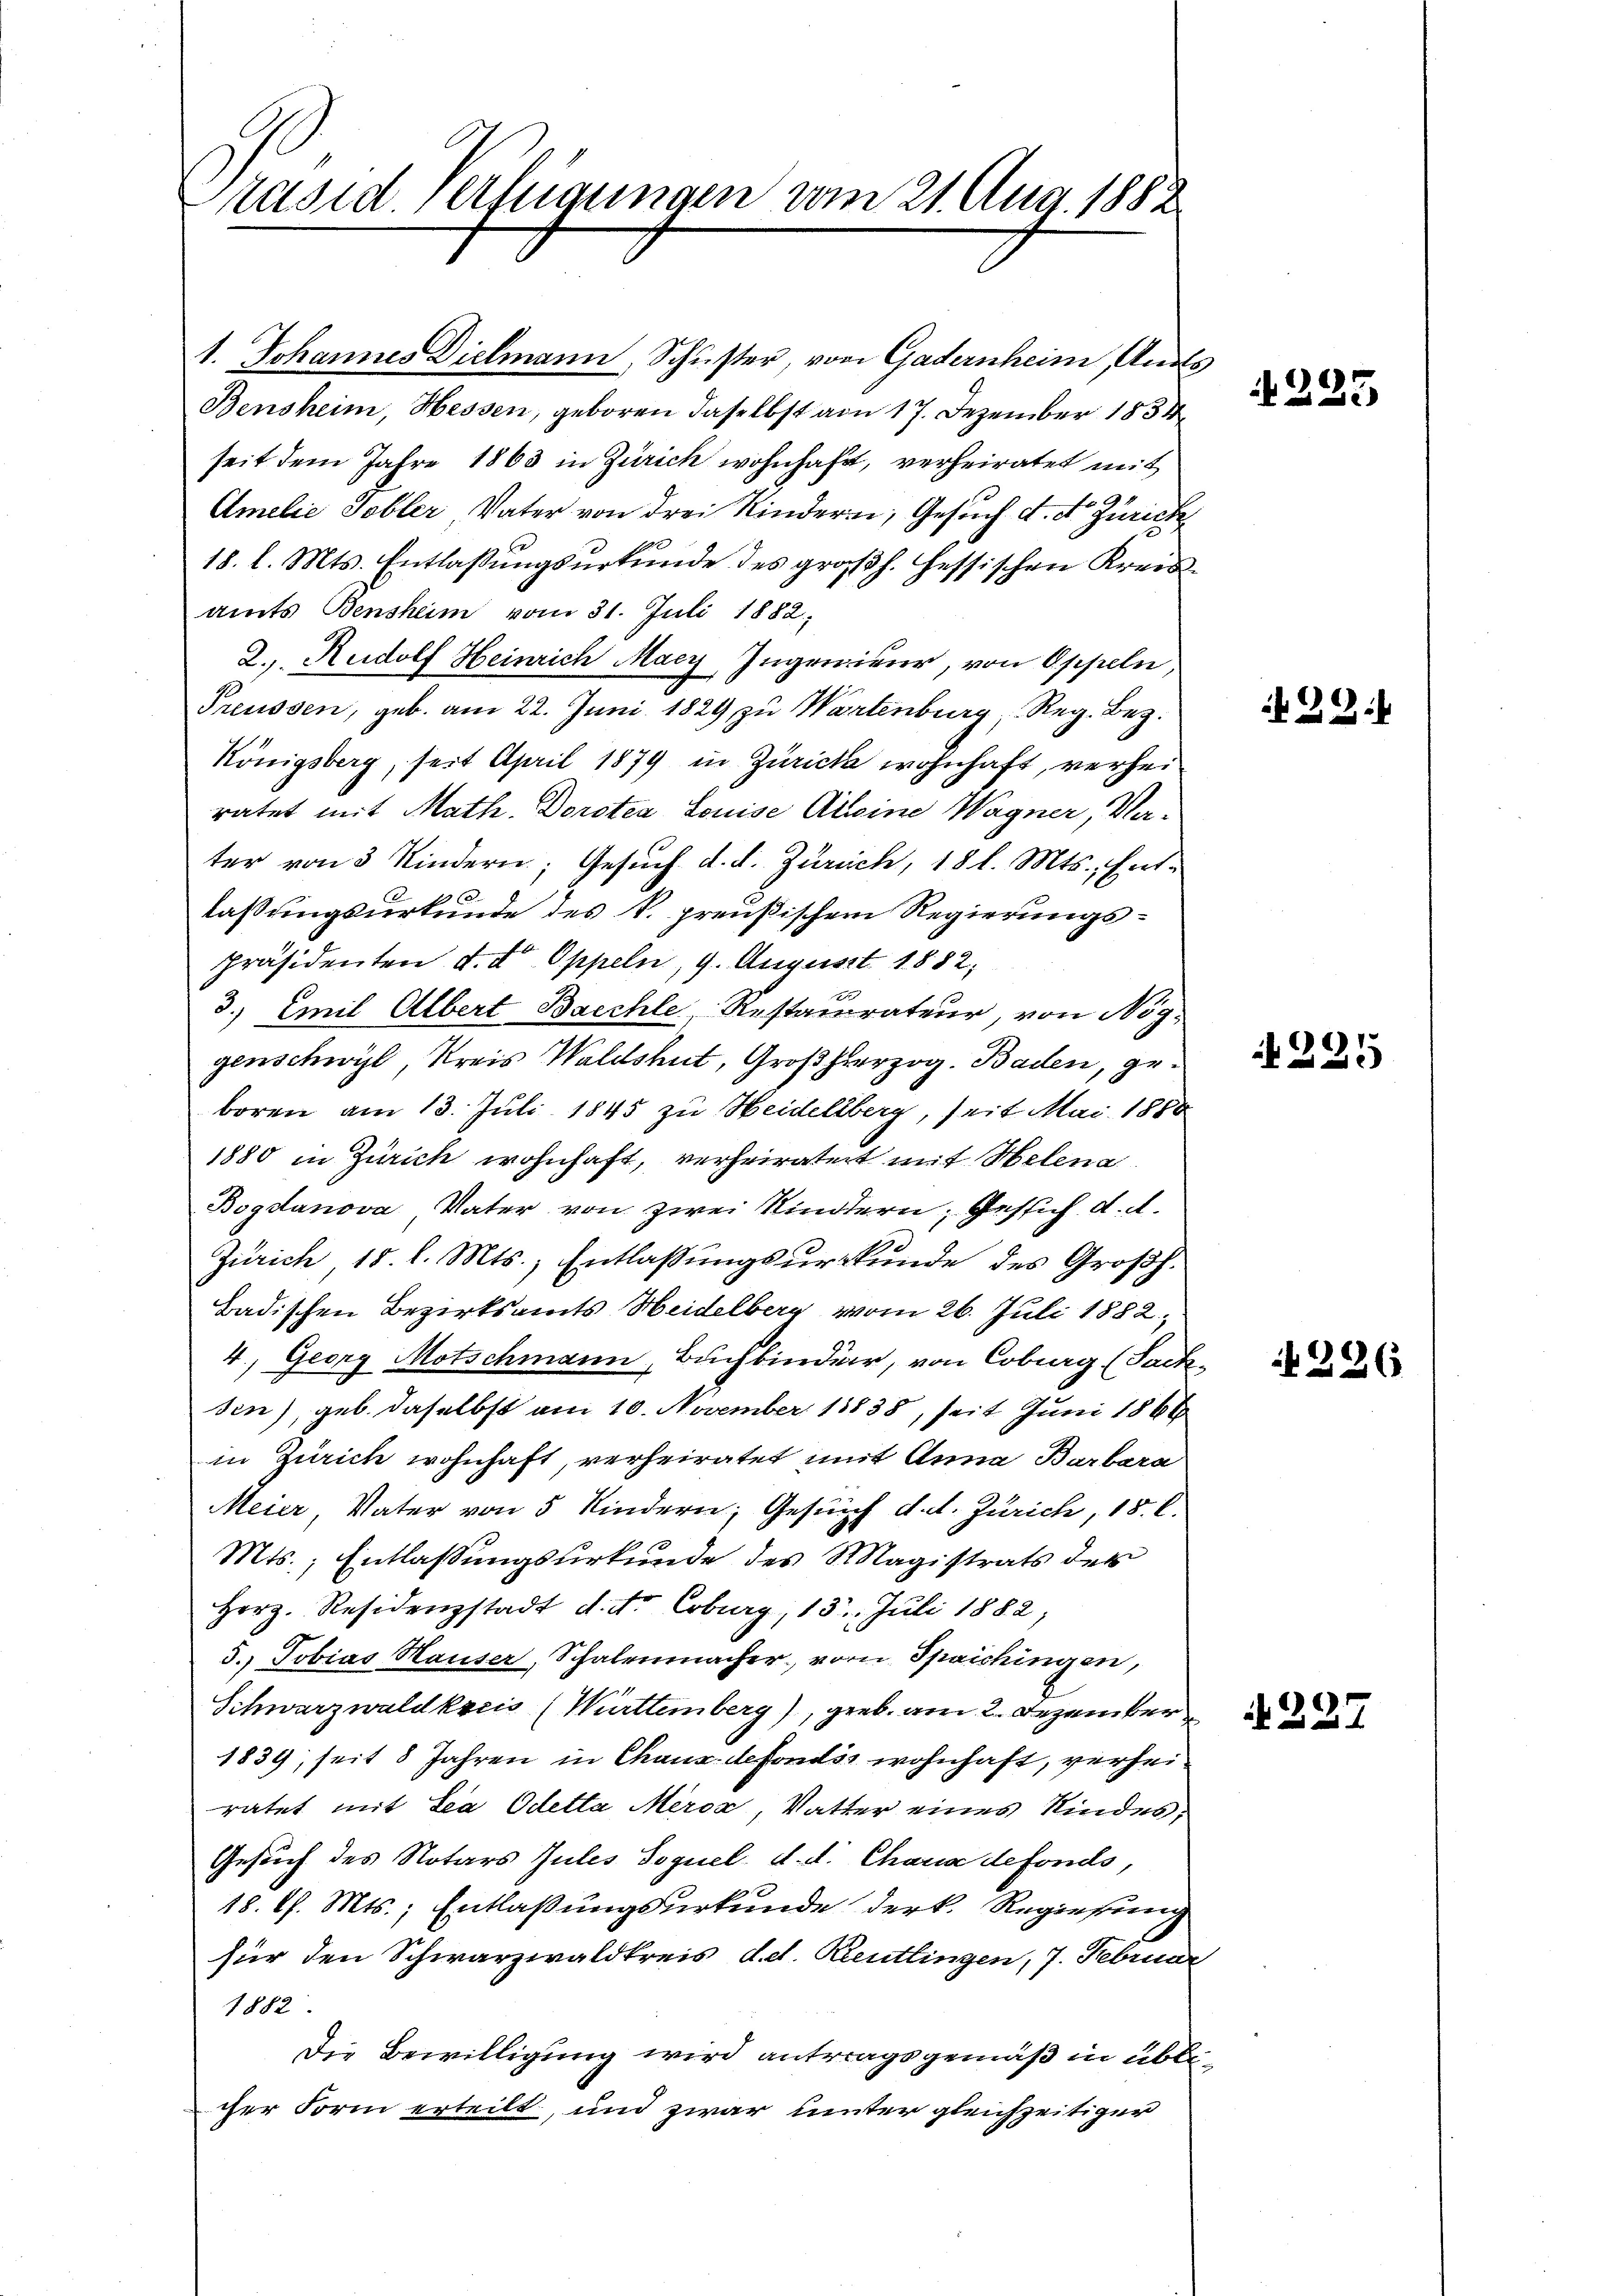
räsid verfügungen vom 21. Aug. 1882

1. Johannes Dielmann, Schuster, von Gadernheim, Ans
Bensheim, Hessen, geboren daselbst von 17. Dezember 1834
seit dem Jahre 1863 in Zürich wohnhaft, verheiratet mit
Amelie Tobler Vater von drei Kindern, Gesuch d. d. Zürich
18. l. Mts. Entlaßungsurkunde des großh. Hessischen Kreis-
amts Bensheim vom 31. Juli 1882,
2. Rudolf Heinrich Macz Ingenieur, von Oppeln,
Preussen, geb. am 22. Juni 1829 zu Wartenburg Reg. Bez.
Königsberg, seit April 1879 in Zürich wohnhaft, verhei
ratet mit Math. Dorotea Louise Alleine Wagner, Vater von 3 Kindern; Gesuch d. d. Zürich, 18 l. Mts., Entlaßungsurkunde des k. preußischem Regierungspräsidenten d. d. Oppeln, 9. August 1882,
3.) Emil Albert Bacchle, Restaurateur, von Nog-
genschwyl, Kreis Waldshut, Großherzog. Baden, geboren am 13. Juli 1845 zu Heideliberg, seit Mai 1888
1880 in Zürich wohnhaft, verheiratert mit Helena
Bogdanova Vater von zwei Kindern, Gesich d. d.
1
Zürich 18. l. Mts., Entlaßungsurkunde des Großh.
Badischen Bezirksamts Heidelberg vom 26. Juli 1882,
4., Georg Motschmann, Buchbinder, von Coburg (Sachsen), geb. daselbst am 10. November 18838, seit Juni 1866
in Zürich wohnhaft, verheiratet mit Anna Barbara
Meier Vater von 5 Kindern, Gesunf d. d. Zürich, 18. C.
Mts., Entlassungsurkunde des Magistrats des
Herz. Residenzstadt d. d. Coburg, 13. Juli 1882,
5. Tobias Hauser, Schalenmacher, vom Spaichingen,
Schwarzwaldkreis (Württemberg), geb. am 2. Dezember
1839, seit 8 Jahren in Chaus defondis wohnhaft, verheiratet mit Lea Odetta Mero, Vatter eines Kindes,
Gesuch des Notars Zules Soquel d. d. Chana defonds,
18. Ch. Mts., Entlaßungsurkunde der k. Regierung
für den Schwarzwaldkreis d.d. Reutlingen, 7. Februar
1882.
Die Bewilligung wird antragsgemäß in üblicher Form erteilt, und zwar unter gleichzeitiger

225

29:

225

226

N 227.